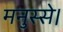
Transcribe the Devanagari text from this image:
मनुस्से।